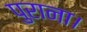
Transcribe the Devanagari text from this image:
पुराना।